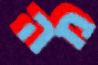
מה